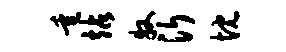
垂站牧沂忱